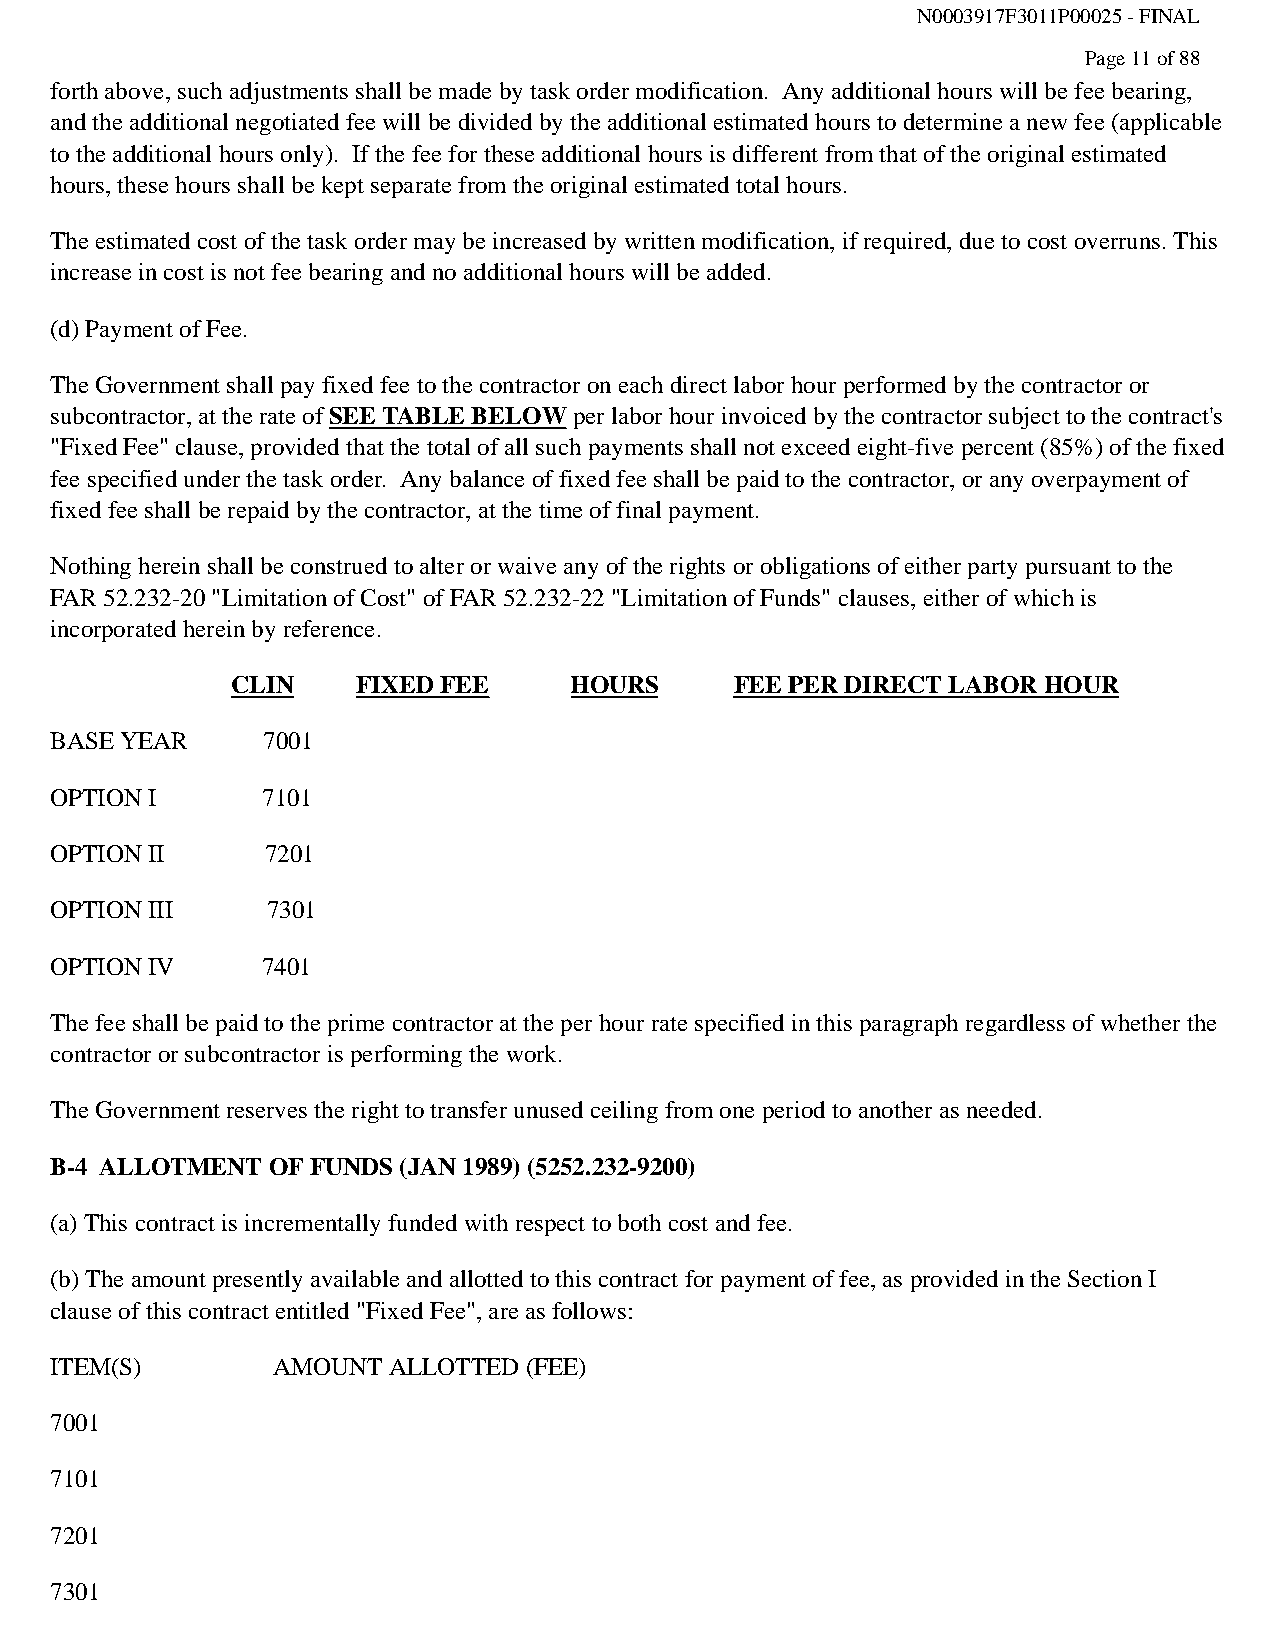
N0003917F3011P00025 - FINAL
 Page 11 of 88
 forth above, such adjustments shall be made by task order modification. Any additional hours will be fee bearing,
 and the additional negotiated fee will be divided by the additional estimated hours to determine a new fee (applicable
 to the additional hours only). If the fee for these additional hours is different from that of the original estimated
 hours, these hours shall be kept separate from the original estimated total hours.
 The estimated cost of the task order may be increased by written modification, if required, due to cost overruns. This
 increase in cost is not fee bearing and no additional hours will be added.
 (d) Payment of Fee.
 The Government shall pay fixed fee to the contractor on each direct labor hour performed by the contractor or
 subcontractor, at the rate of SEE TABLE BELOW per labor hour invoiced by the contractor subject to the contract's
 "Fixed Fee" clause, provided that the total of all such payments shall not exceed eight-five percent (85%) of the fixed
 fee specified under the task order. Any balance of fixed fee shall be paid to the contractor, or any overpayment of
 fixed fee shall be repaid by the contractor, at the time of final payment.
 Nothing herein shall be construed to alter or waive any of the rights or obligations of either party pursuant to the
 FAR 52.232-20 "Limitation of Cost" of FAR 52.232-22 "Limitation of Funds" clauses, either of which is
 incorporated herein by reference.
 CLIN     FIXED FEE     HOURS      FEE PER DIRECT LABOR HOUR
 BASE YEAR     7001
 OPTION I      7101
 OPTION II      7201
 OPTION III     7301
 OPTION IV     7401
 The fee shall be paid to the prime contractor at the per hour rate specified in this paragraph regardless of whether the
 contractor or subcontractor is performing the work.
 The Government reserves the right to transfer unused ceiling from one period to another as needed.
 B-4 ALLOTMENT  OF FUNDS (JAN 1989) (5252.232-9200)
 (a) This contract is incrementally funded with respect to both cost and fee.
 (b) The amount presently available and allotted to this contract for payment of fee, as provided in the Section I
 clause of this contract entitled "Fixed Fee", are as follows:
 ITEM(S)        AMOUNT  ALLOTTED (FEE)
 7001
 7101
 7201
 7301